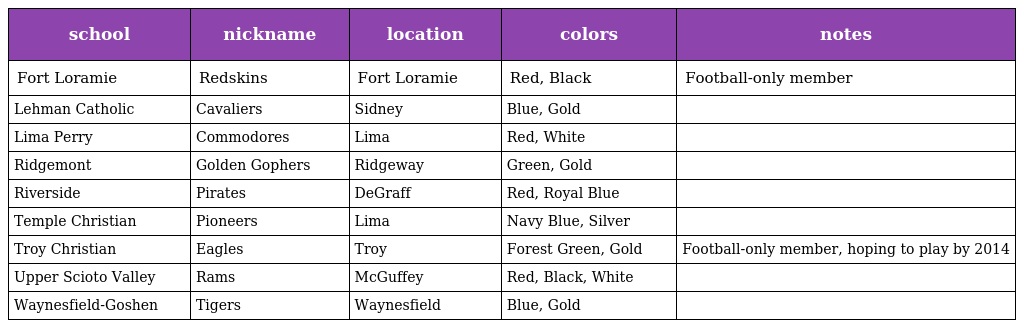
| school | nickname | location | colors | notes |
 | --- | --- | --- | --- | --- |
 | Fort Loramie | Redskins | Fort Loramie | Red, Black | Football-only member |
 | Lehman Catholic | Cavaliers | Sidney | Blue, Gold |  |
 | Lima Perry | Commodores | Lima | Red, White |  |
 | Ridgemont | Golden Gophers | Ridgeway | Green, Gold |  |
 | Riverside | Pirates | DeGraff | Red, Royal Blue |  |
 | Temple Christian | Pioneers | Lima | Navy Blue, Silver |  |
 | Troy Christian | Eagles | Troy | Forest Green, Gold | Football-only member, hoping to play by 2014 |
 | Upper Scioto Valley | Rams | McGuffey | Red, Black, White |  |
 | Waynesfield-Goshen | Tigers | Waynesfield | Blue, Gold |  |